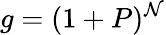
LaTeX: g=(1+P)^{\mathcal{N}}